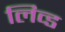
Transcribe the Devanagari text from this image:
लिव्‍ड